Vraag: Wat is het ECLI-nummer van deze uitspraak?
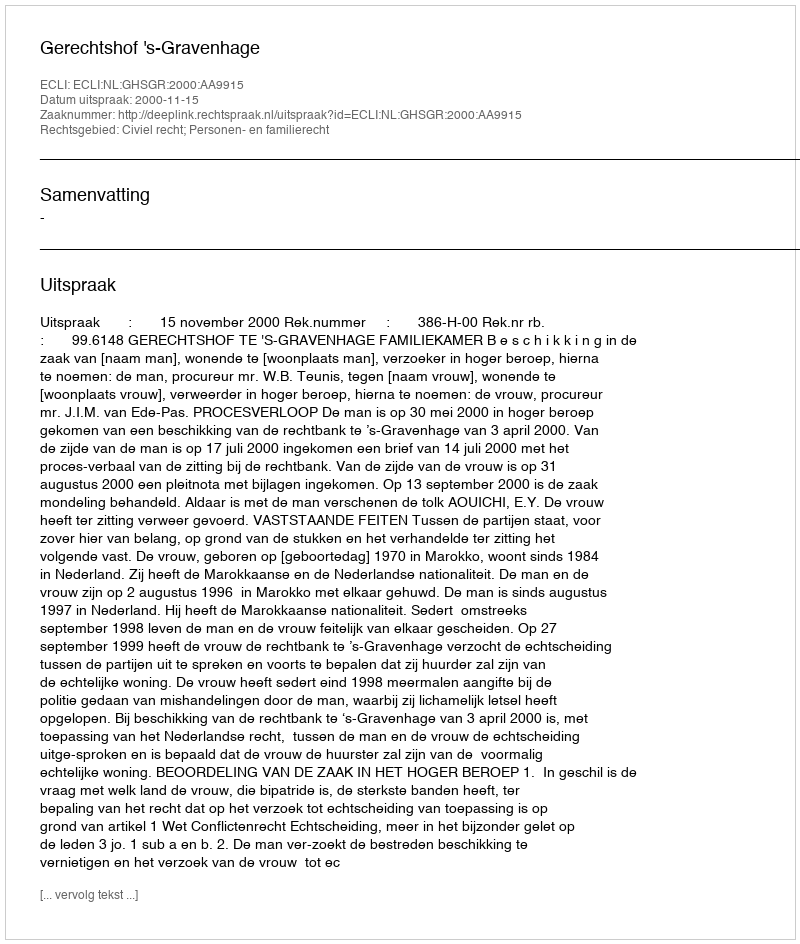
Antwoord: ECLI:NL:GHSGR:2000:AA9915